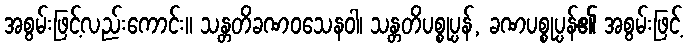
အစွမ်းဖြင့်လည်းကောင်း။ သန္တတိခဏဝသေနဝါ၊ သန္တတိပစ္စုပ္ပန်, ခဏပစ္စုပ္ပန်၏ အစွမ်းဖြင့်